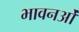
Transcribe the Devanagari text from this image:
भावनओं